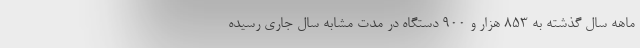
ماهه سال گذشته به ۸۵۳ هزار و ۹۰۰ دستگاه در مدت مشابه سال جاری رسیده